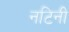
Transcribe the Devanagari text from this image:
नटिनी